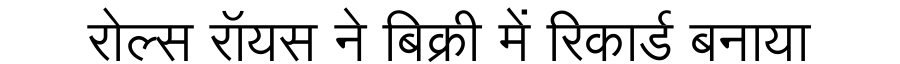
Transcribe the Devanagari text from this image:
रोल्स रॉयस ने बिक्री में रिकार्ड बनाया